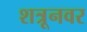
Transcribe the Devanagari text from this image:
शत्रूनवर